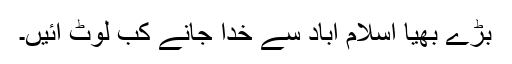
بڑے بھیا اسلام آباد سے خدا جانے کب لوٹ آئیں۔